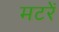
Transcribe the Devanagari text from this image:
मटरें